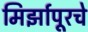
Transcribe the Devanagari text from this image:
मिर्झापूरचे